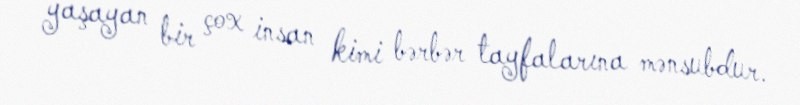
yaşayan bir çox insan kimi bərbər tayfalarına mənsubdur.